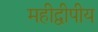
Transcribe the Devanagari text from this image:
महीद्वीपीय